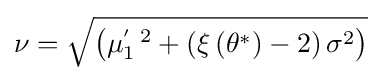
\nu ={\sqrt {\left(\mu _{1}^{'~2}+\left(\xi \left(\theta ^{*}\right)-2\right)\sigma ^{2}\right)}}